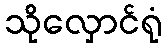
သိုလှောင်ရုံ